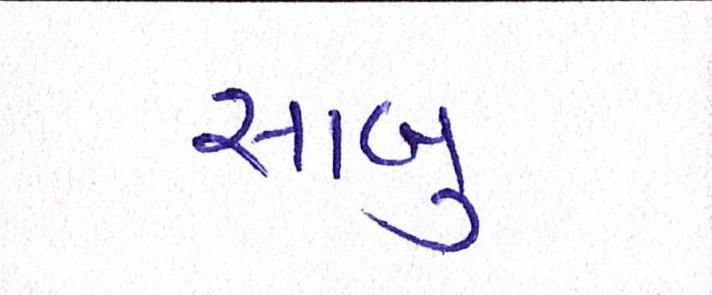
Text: સાબુ